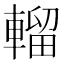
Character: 𨍸